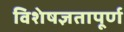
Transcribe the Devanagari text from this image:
विशेषज्ञतापूर्ण